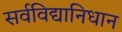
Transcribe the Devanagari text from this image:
सर्वविद्यानिधान